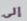
إلى